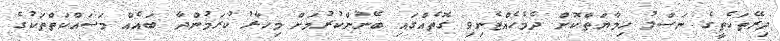
ދިރޭތަކެތީގެ ނަސްލު ހިމާޔަތްކޮށް ދެމެހެއްޓެނިވި ގޮތެއްގައި ބޭނުންކުރުމަށް މިހާރު ކުރަމުންދާ ބައެއް މަސައްކަތްތަކުގެ